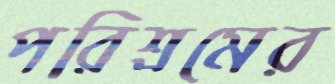
পরিশ্রমের